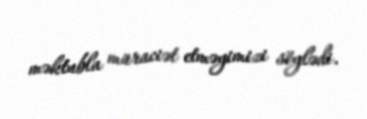
məktubla müraciət etməyimizi söylədi.